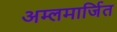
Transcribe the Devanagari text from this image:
अम्लमार्जित